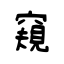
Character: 窺